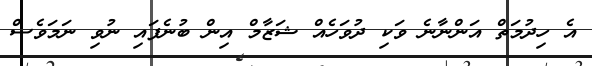
އެ ހިދުމަތް އަންނާނެ ވަކި ދުވަހެއް ޝަޒާމް އިން ބުނެފައި ނުވި ނަމަވެސް